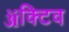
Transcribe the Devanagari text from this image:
ॲक्टिव